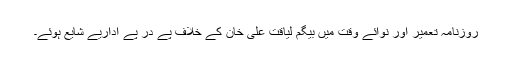
روزنامہ تعمیر اور نوائے وقت میں بیگم لیاقت علی خان کے خلاف پے در پے اداریے شایع ہوئے۔